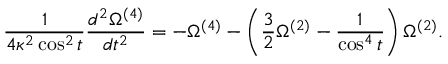
\frac { 1 } { 4 \kappa ^ { 2 } \cos ^ { 2 } { t } } \frac { d ^ { 2 } \Omega ^ { ( 4 ) } } { d t ^ { 2 } } = - \Omega ^ { ( 4 ) } - \left( \frac { 3 } { 2 } \Omega ^ { ( 2 ) } - \frac { 1 } { \cos ^ { 4 } { t } } \right) \Omega ^ { ( 2 ) } .